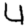
Digit: 4